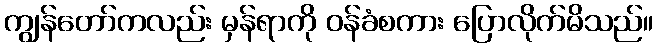
ကျွန်တော်ကလည်း မှန်ရာကို ဝန်ခံစကား ပြောလိုက်မိသည်။